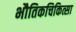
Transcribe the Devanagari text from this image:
भौतिकचिकित्सा